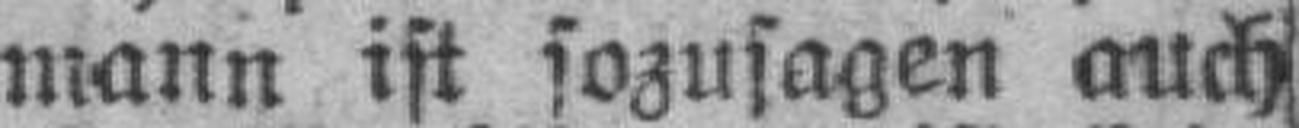
mann ist sozusagen auch